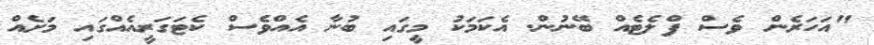
"އަހަރެން ވެސް ފްލެޓެއް ބޭނުން. އެކަމަކު މީގައި ބުނާ އެއްވެސް ކެޓަގަރީއެއްގައި މަށެއް